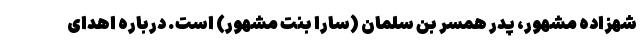
شهزاده مشهور، پدر همسر بن سلمان (سارا بنت مشهور) است. درباره ‌اهدای